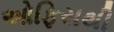
ઓફિસથી